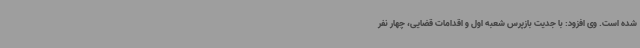
شده است. وی افزود: با جدیت بازپرس شعبه اول و اقدامات قضایی، چهار نفر